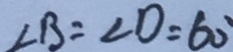
\angle B = \angle D = 6 0 ^ { \circ }